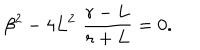
\beta ^ { 2 } - 4 L ^ { 2 } \, \, \frac { r - L } { r + L } = 0 .